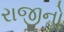
રાજીનો